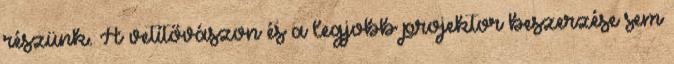
részünk. A vetítővászon és a legjobb projektor beszerzése sem